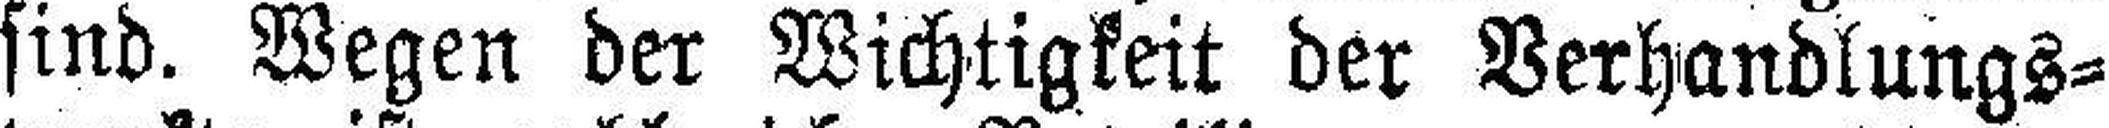
sind. Wegen der Wichtigkeit der Verhandlungs¬